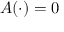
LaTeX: A ( \cdot ) = 0